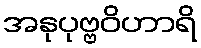
အနုပုဗ္ဗဝိဟာရိ